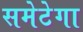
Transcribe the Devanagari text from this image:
समेटेगा